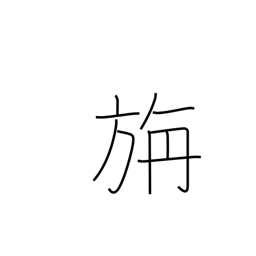
Meaning: woollen cloth